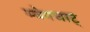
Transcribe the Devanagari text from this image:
म्येनचाट्